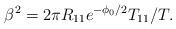
LaTeX: \begin{align*}\beta^2 = 2\pi R_{11} e^{-\phi_0 /2} T_{11}/T.\end{align*}